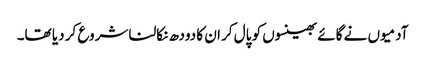
آدمیوں نے گائے بھینسوں کو پال کر ان کا دودھ نکالنا شروع کر دیا تھا۔